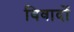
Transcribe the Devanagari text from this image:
विवादों